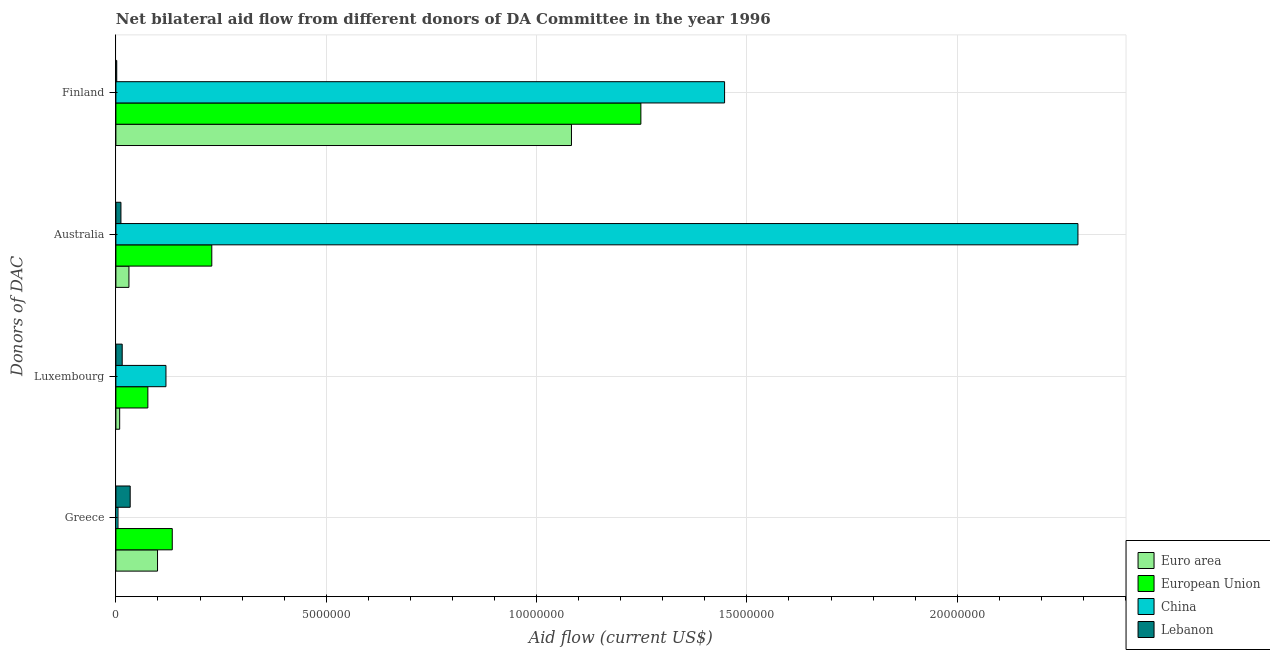
| Donors of DAC | Euro area | European Union | China | Lebanon |
 | --- | --- | --- | --- | --- |
 | Greece | 9.9e+05 | 1.34e+06 | 5e+04 | 3.4e+05 |
 | Luxembourg | 9e+04 | 7.6e+05 | 1.19e+06 | 1.5e+05 |
 | Australia | 3.1e+05 | 2.28e+06 | 2.29e+07 | 1.2e+05 |
 | Finland | 1.08e+07 | 1.25e+07 | 1.45e+07 | 2e+04 |